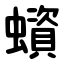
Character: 蠀